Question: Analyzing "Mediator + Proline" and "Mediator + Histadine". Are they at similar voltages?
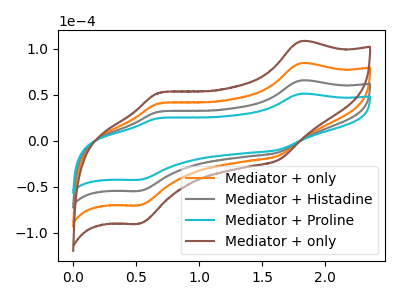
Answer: <think>The orange curve "Mediator + only" has anodic peaks at (1.80V, 130.90uA) (0.70V, 63.15uA) and cathodic peaks at (1.65V, -25.10uA) (0.55V, -109.30uA). The gray curve "Mediator + Histadine" has anodic peaks at (1.80V, 65.45uA) (0.70V, 31.55uA) and cathodic peaks at (1.65V, -12.55uA) (0.55V, -54.65uA). The cyan curve "Mediator + Proline" has anodic peaks at (1.80V, 50.95uA) (0.70V, 24.55uA) and cathodic peaks at (1.65V, -9.75uA) (0.55V, -42.55uA). The brown curve "Mediator + only" has anodic peaks at (1.80V, 196.40uA) (0.70V, 94.70uA) and cathodic peaks at (1.65V, -37.65uA) (0.55V, -163.95uA).
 All the peaks in "Mediator + Proline" have a peak in "Mediator + Histadine" at the same potential. Every peak in "Mediator + Proline" is lower than every peak in "Mediator + Histadine".</think>
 <answer>"Mediator + Proline" and "Mediator + Histadine" are similar in shape.</answer>
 <eval>same_shape</eval>